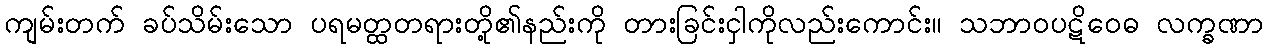
ကျမ်းတက် ခပ်သိမ်းသော ပရမတ္ထတရားတို့၏နည်းကို တားခြင်းငှါကိုလည်းကောင်း။ သဘာဝပဋိဝေဓ လက္ခဏာ